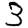
Digit: 3